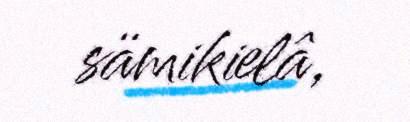
sämikielâ,